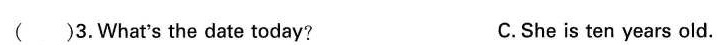
( )3.What's the date today? c.She is ten years old.